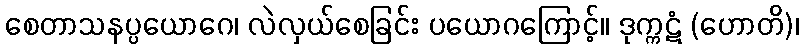
စေတာသနပ္ပယောဂေ၊ လဲလှယ်စေခြင်း ပယောဂကြောင့်။ ဒုက္ကဋံ (ဟောတိ)၊